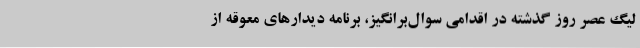
لیگ عصر روز گذشته در اقدامی سوال‌برانگیز، برنامه دیدارهای معوقه از